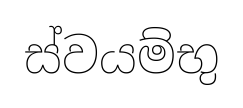
ස්වයම්භු